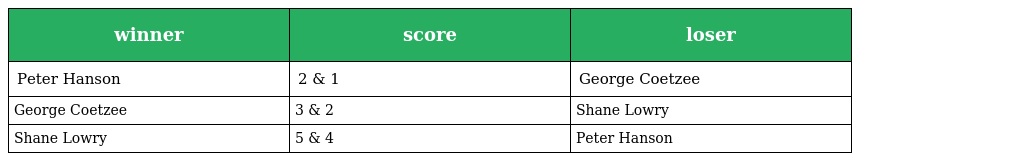
| winner | score | loser |
 | --- | --- | --- |
 | Peter Hanson | 2 & 1 | George Coetzee |
 | George Coetzee | 3 & 2 | Shane Lowry |
 | Shane Lowry | 5 & 4 | Peter Hanson |